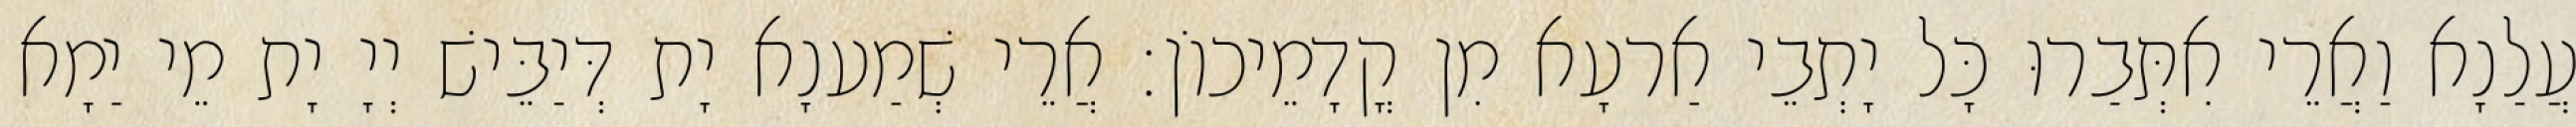
עֲלַנָא וַאֲרֵי אִתְּבַרוּ כָּל יָתְבֵי אַרעָא מִן קֳדָמֵיכוֹן׃ אֲרֵי שְׁמַענָא יָת דְּיַבֵּישׁ יְיָ יָת מֵי יַמָא